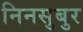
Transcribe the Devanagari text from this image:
निनसुबुर